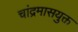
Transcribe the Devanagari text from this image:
चांद्रमासयुक्त